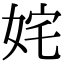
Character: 姹